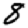
Digit: 8